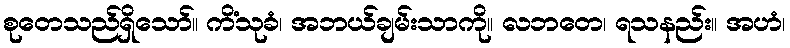
စုတေသည်ရှိသော်။ ကိံသုခံ၊ အဘယ်ချမ်းသာကို။ လဘတေ၊ ရသနည်း။ အဟံ၊